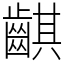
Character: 䶞